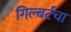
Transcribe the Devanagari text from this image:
गिल्बर्टचा